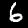
Digit: 6